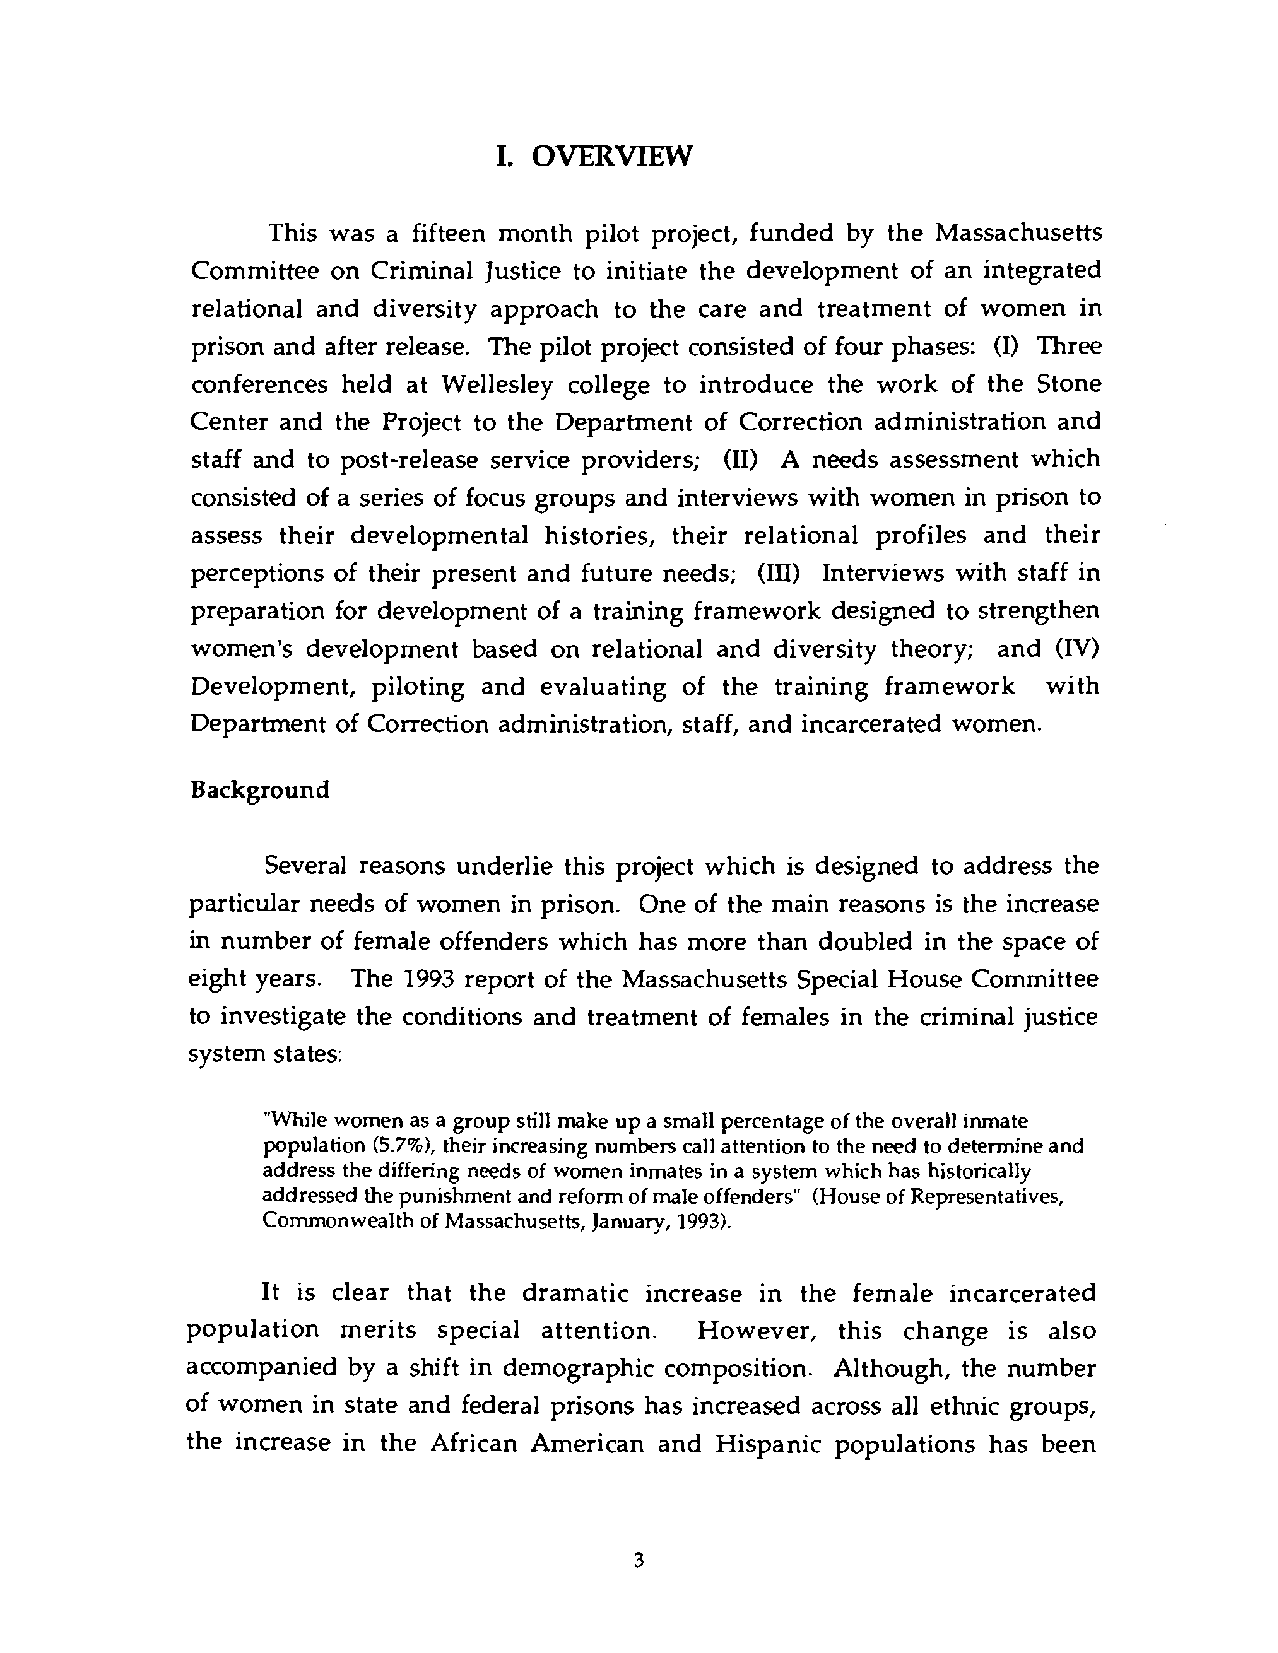
This was a fifteen month pilot project, funded by the Massachusetts
 Committee on Criminal Justice to initiate the development of an integrated
 relational and diversity approach to the care and treatment of women in
 prison and after release. The pilot project consisted of four phases: (I) Three
 conferences held at Wellesley college to introduce the work of the Stone
 Center and the Project to the Department of Correction administration and
 staff and to post-release service providers; (11) A needs assessment which
 consisted of a series of focus groups and interviews with women in prison to
 assess their developmental histories, their relational profiles and their
 perceptions of their present and future needs; (IT() Interviews with staff in
 preparation for development of a training framework designed to strengthen
 women's development based on relational and diversity theory; and (IV)
 Development, piloting and evaluating of the training framework with
 Department of Correction administration, staff, and incarcerated women.
 Background
 Several reasons underlie this project which is designed to address the
 particular needs of women in prison. One of the main reasons is the increase
 in number of female offenders which has more than doubled in the space of
 eight years. The 1993 report of the Massachusetts Special House Committee
 to investigate the conditions and treatment of females in the criminal justice
 system states:
 "While women as a group still make up a small percentage of the overall inmate
 population (5.7%), their increasing numbers call attention to the need to determine and
 address the differing needs of women inmates in a system which has historically
 addressed the punishment and reform of male offenders" (House of Representatives,
 Commonwealth of Massachusetts, January, 1993).
 It is clear that the dramatic increase in the female incarcerated
 population merits special attention. However, this change is also
 accompanied by a shift in demographic composition. Although, the number
 of women in state and federal prisons has increased across all ethnic groups,
 the increase in the African American and Hispanic populations has been